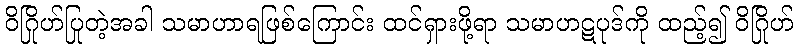
ဝိဂြိုဟ်ပြုတဲ့အခါ သမာဟာရဖြစ်ကြောင်း ထင်ရှားဖို့ရာ သမာဟဋပုဒ်ကို ထည့်၍ ဝိဂြိုဟ်